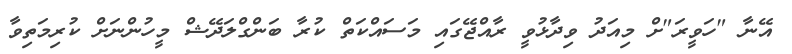
އޭނާ "ހަވީރަ"ށް މިއަދު ވިދާޅުވީ ރާއްޖޭގައި މަސައްކަތް ކުރާ ބަންގްލަދޭޝް މީހުންނަށް ކުރިމަތިވާ